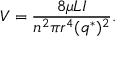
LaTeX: V = { \frac { 8 \mu L I } { n ^ { 2 } \pi r ^ { 4 } ( q ^ { * } ) ^ { 2 } } } .